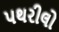
પથરીલો